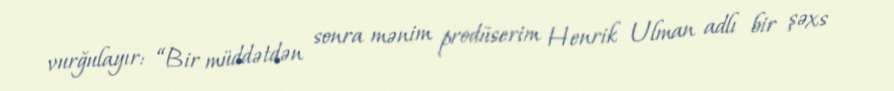
vurğulayır: “Bir müddətdən sonra mənim prodüserim Henrik Ulman adlı bir şəxs